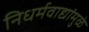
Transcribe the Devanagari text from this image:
निधर्मवाद्यांमुळे